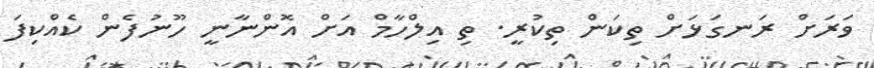
ވަރަށް ރަނގަޅަށް ތިކަން ތިކުރީ. ތި އިލްހާމް އަށް އޮންނާނީ ހޫނުފެން ކެއްކިފަ